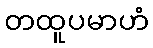
တထူပမာဟံ